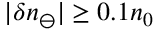
| \delta n _ { \ominus } | \geq 0 . 1 n _ { 0 }